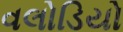
વલોડિયો